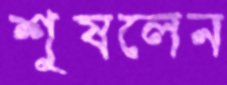
শুষলেন